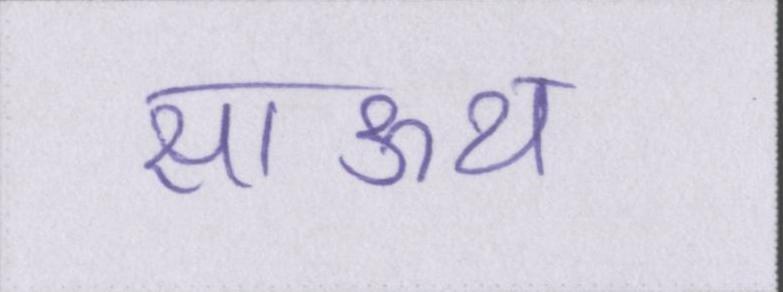
साऊथ